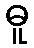
ဓူ